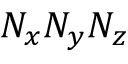
N _ { x } N _ { y } N _ { z }